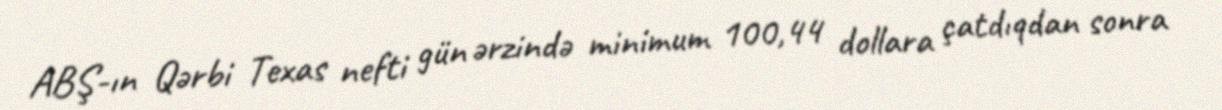
ABŞ-ın Qərbi Texas nefti gün ərzində minimum 100,44 dollara çatdıqdan sonra